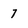
Character: 7